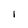
Character: l